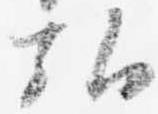
弘